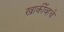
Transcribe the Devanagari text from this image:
खार्कीव्हचे